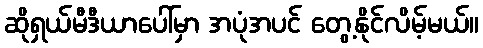
ဆိုရှယ်မီဒီယာပေါ်မှာ အပုံအပင် တွေ့နိုင်လိမ့်မယ်။